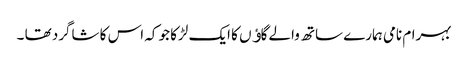
بہرام نامی ہمارے ساتھ والے گاﺅں کا ایک لڑکا جو کہ اس کا شاگرد تھا ۔